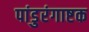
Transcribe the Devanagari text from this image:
पांडुरंगाष्टक